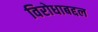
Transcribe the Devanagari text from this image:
विरोधाबद्दल